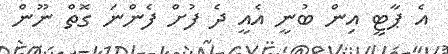
އެ ޕާޓީ އިން ބުނީ އެއީ ދެ ފުށް ފެންނަ ގޮތް ނޫން